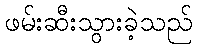
ဖမ်းဆီးသွားခဲ့သည်